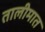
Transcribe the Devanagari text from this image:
तालीमात